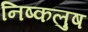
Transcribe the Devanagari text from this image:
निष्कलुष